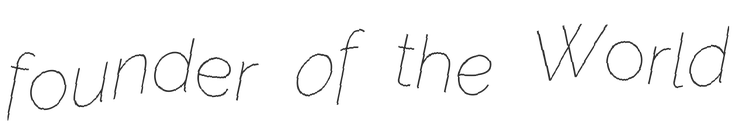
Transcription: founder of the World